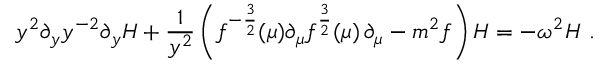
y ^ { 2 } \partial _ { y } y ^ { - 2 } \partial _ { y } H + { \frac { 1 } { y ^ { 2 } } } \left( f ^ { - { \frac { 3 } { 2 } } } ( \mu ) \partial _ { \mu } f ^ { { \frac { 3 } { 2 } } } ( \mu ) \, \partial _ { \mu } - m ^ { 2 } f \right) H = - \omega ^ { 2 } H \ .